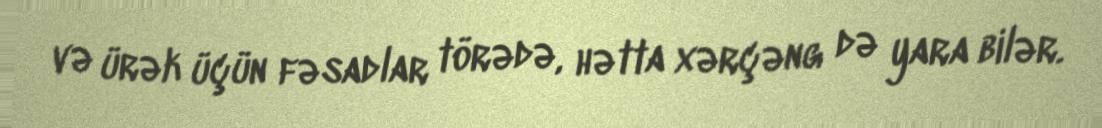
və ürək üçün fəsadlar törədə, hətta xərçəng də yara bilər.